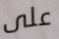
على